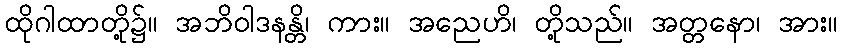
ထိုဂါထာတို့၌။ အဘိဝါဒနန္တိ၊ ကား။ အညေဟိ၊ တို့သည်။ အတ္တနော၊ အား။